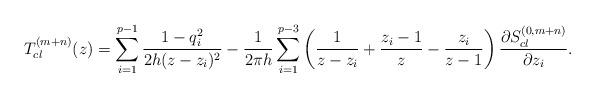
LaTeX: \begin{align*}T^{(m+n)}_{cl}(z)=\sum_{i=1}^{p-1}{1-q_i^2\over 2h(z-z_i)^2}-{1\over 2\pi h}\sum_{i=1}^{p-3}\left({1\over z-z_i}+{z_i-1\over z}-{z_i\over z-1}\right){\partial S^{(0,m+n)}_{cl}\over\partial z_i}.\end{align*}